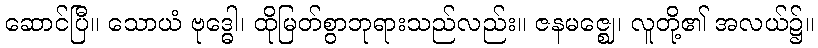
ဆောင်ပြီ။ သောယံ ဗုဒ္ဓေါ၊ ထိုမြတ်စွာဘုရားသည်လည်း။ ဇနမဇ္ဈေ၊ လူတို့၏ အလယ်၌။